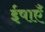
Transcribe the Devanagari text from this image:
ईषाएँ